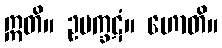
ဣတိ။ ဥပက္ခဋံ။ ဟောတိ။